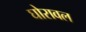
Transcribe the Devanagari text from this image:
घोरावल